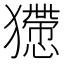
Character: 𤢻